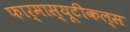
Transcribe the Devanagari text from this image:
फार्मास्यूटीकल्स